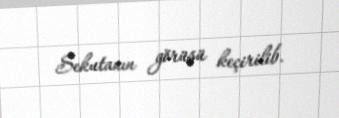
Sekutanın görüşü keçirilib.